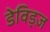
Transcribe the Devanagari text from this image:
डेविड्ज़